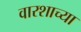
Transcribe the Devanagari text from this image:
वारशाच्‍या